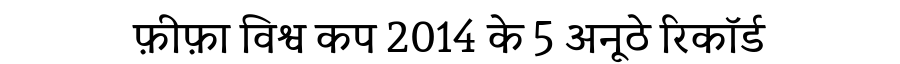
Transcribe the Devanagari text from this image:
फ़ीफ़ा विश्व कप 2014 के 5 अनूठे रिकॉर्ड